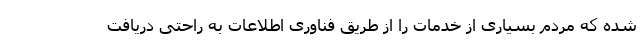
شده که مردم بسیاری از خدمات را از طریق فناوری اطلاعات به راحتی دریافت